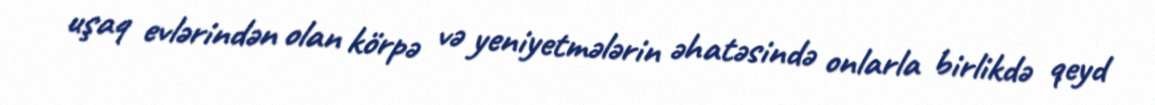
uşaq evlərindən olan körpə və yeniyetmələrin əhatəsində onlarla birlikdə qeyd